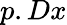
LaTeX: p.Dx